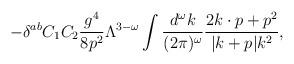
LaTeX: \begin{align*}- \delta^{ab} C_1C_2 {g^4 \over 8 p^2} \Lambda^{3-\omega}\int {d^\omega k \over (2\pi)^\omega} {2 k\cdot p + p^2 \over |k+p| k^2 },\end{align*}